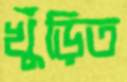
খুঁড়িত